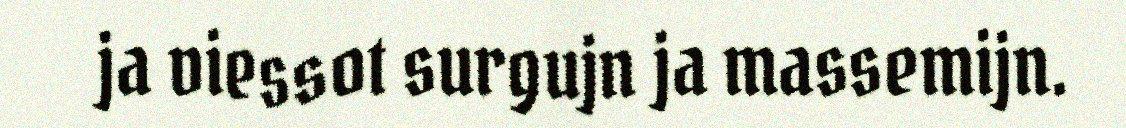
ja viessot surgujn ja massemijn.